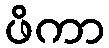
ဖိကာ